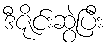
ဒီဇိုင်းဆွဲပြီး